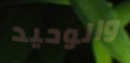
والوحيد